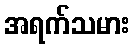
အရက်သမား